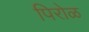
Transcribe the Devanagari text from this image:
पिरोळ